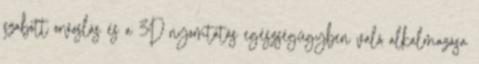
szabott orvoslás és a 3D nyomtatás egészségügyben való alkalmazása